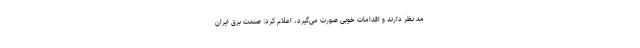
مد نظر دارند و اقدامات خوبی صورت می‌گیرد، اعلام کرد: صنعت برق ایران